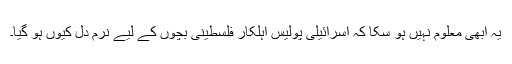
یہ ابھی معلوم نہیں ہو سکا کہ اسرائیلی پولیس اہلکار فلسطینی بچوں کے لیے نرم دل کیوں ہو گیا۔